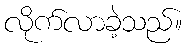
လိုက်လာခဲ့သည်။